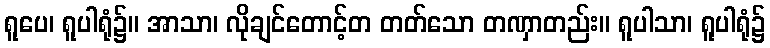
ရူပေ၊ ရူပါရုံ၌။ အာသာ၊ လိုချင်တောင့်တ တတ်သော တဏှာတည်း။ ရူပါသာ၊ ရူပါရုံ၌